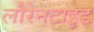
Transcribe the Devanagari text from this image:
लौरेनटाइड